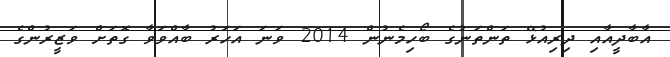
އާބާދީއާއި ދިރިއުޅޭ ތަންތަނުގެ ބޯހިމެނުން 2014 ވަނަ އަހަރު ބާއްވަވާ ގޮތަށް ވަޒީރުންގެ